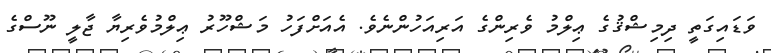
ވަޑައިގަތީ ދިމިޝްޤުގެ ޢިލްމު ވެރިންގެ އަރިއަހުންނެވެ. އެއަށްފަހު މަޝްހޫރު ޢިލްމުވެރިޔާ ޖާލީ ނޫސްގެ